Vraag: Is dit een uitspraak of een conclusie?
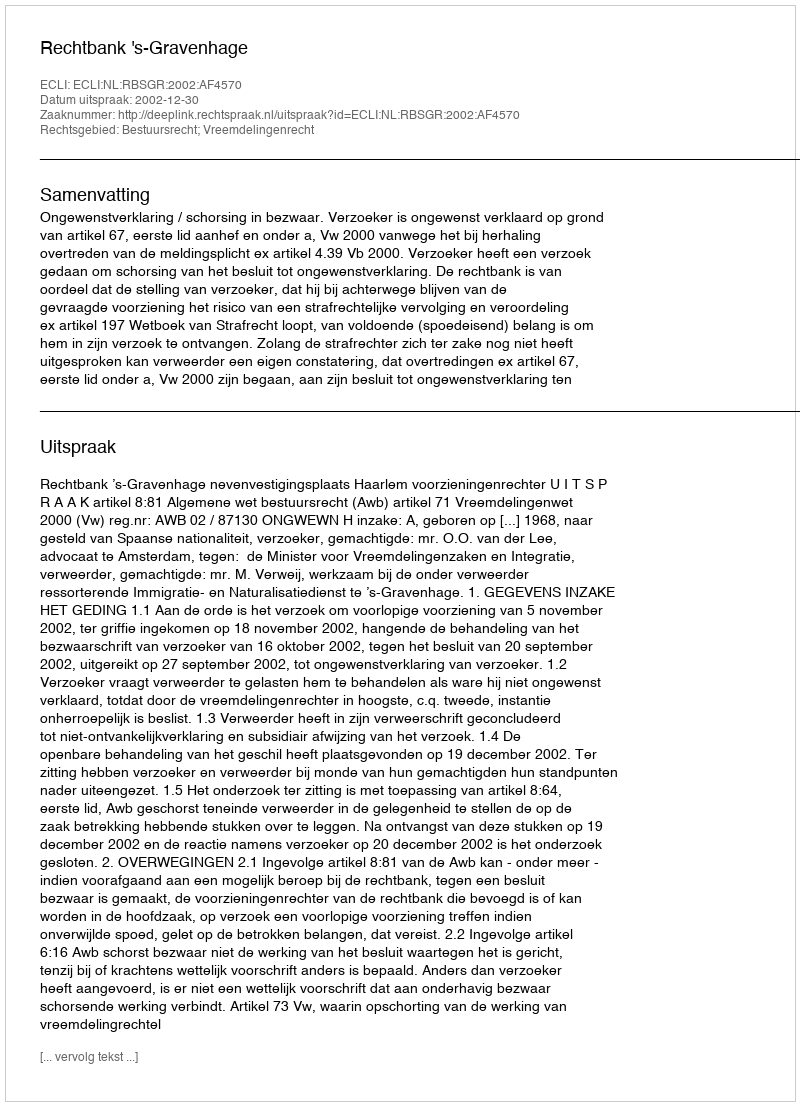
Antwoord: Uitspraak